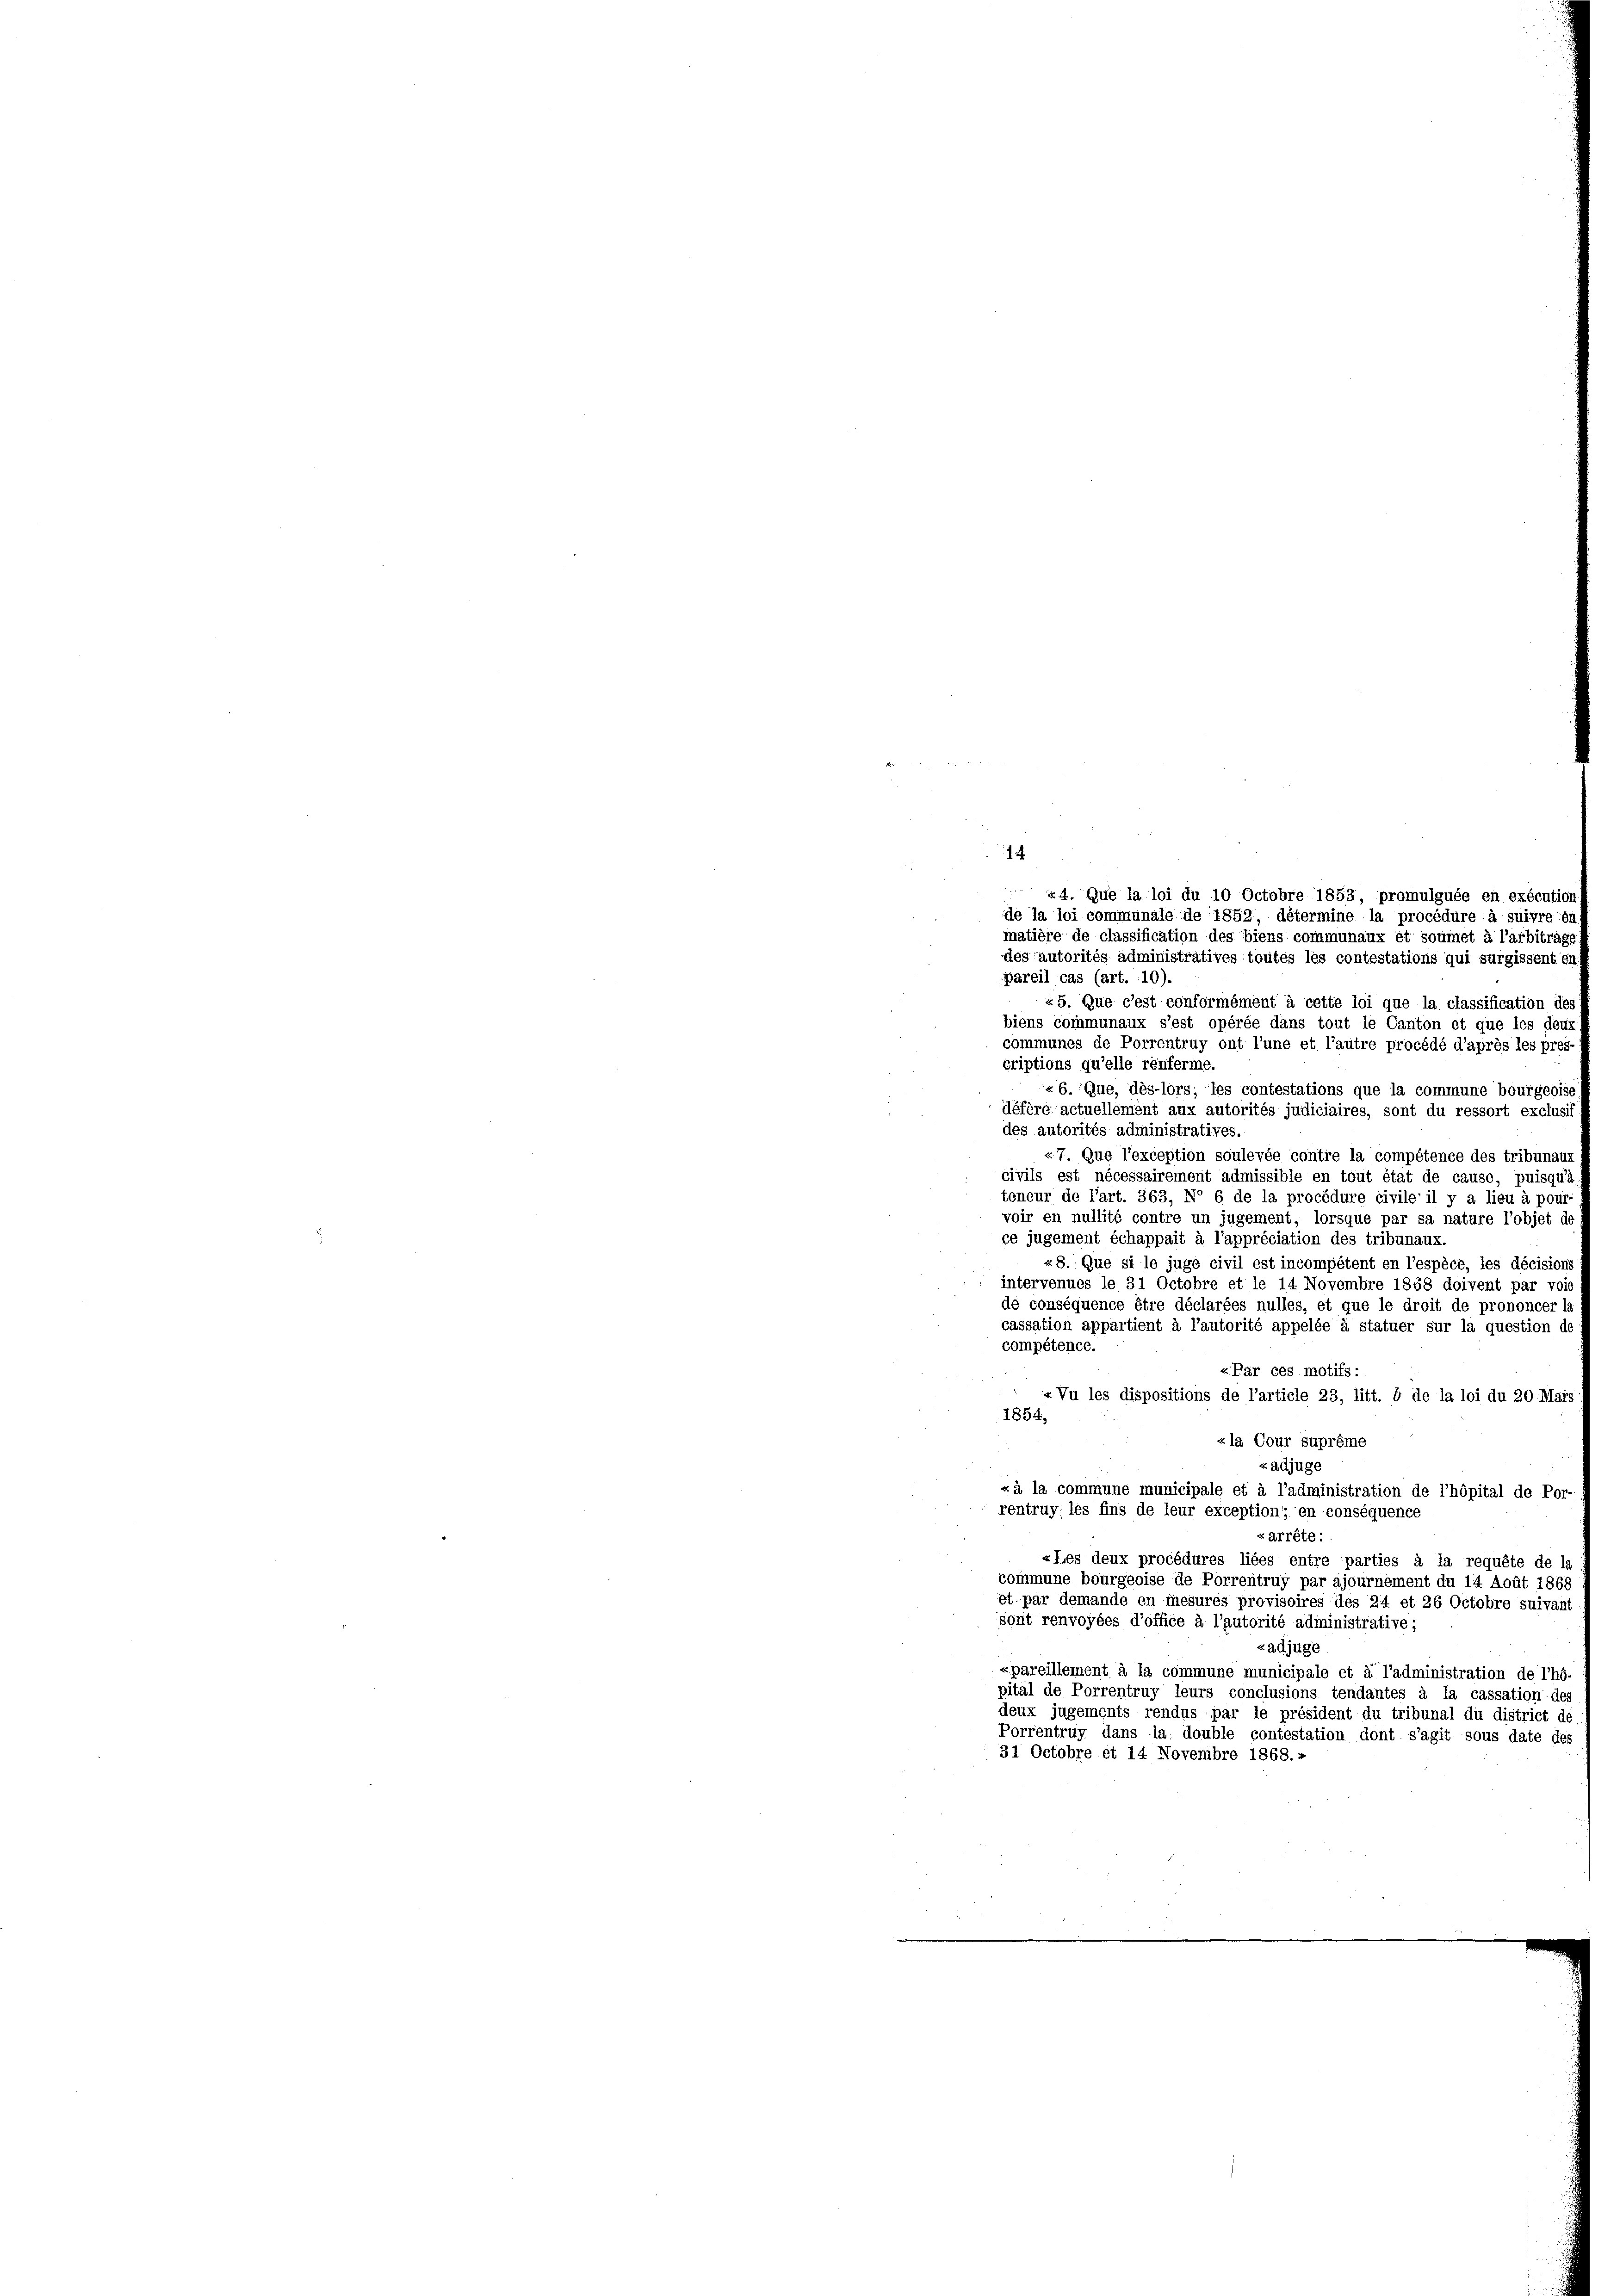
14

24. Que la loi du 10 Octobre 1853, promulguée en exécution
de la loi communale de 1852, détermine la procédure à suivre in
matière de classification des biens communaux et soumet à l’arbitrag
desautorités administratives toutes les contestations qui surgissent en
Bareil cas (art. 10).
«5. Que c’est conformément à cette loi que la classification des
biens communaux s’est opérée dans tout le Canton et que les deux
communes de Porrentruy ont l’une et l’autre procédé d’après les pres-
criptions qu’elle renferie.
«6. Que, dès-lors, les contestations que la commune bourgeoise
défère actuellement aux autorités judiciaires, sont du ressort exclusis
des autorités administratives.
«7. Que l’exception soulevée contre la compétence des tribunau
civils est nécessairement admissible en tout état de cause, puisqu’à
teneur de l’art. 363, No 6. de la procédure civile il y a lieu à pour
voir en nullité contre un jugement, lorsque par sa nature l’objet de
ce jugement échappait à l’appréciation des tribunaux.
«8. Que si le juge civil est incompétent en l’espèce, les décisions
intervenues le 31 Octobre et le 14 Novembre 1858 doivent par voie
de conséquence être déclarées nulles, et que le droit de prononcer l
cassation appartient à l’autorité appelée à statuer sur la question de
compétence.
«Par ces motifs :
.
«Vu les dispositions de l’article 23, litt. b de la loi du 20 Mais
1854,
«la Cour suprême
zadjuge
«à la commune municipale et à l’administration de l’hôpital de Por-
rentruy; les fins de leur exception, en conséquence
«arrête:
«Les deux procédures liées entre parties à la requête de l
commune bourgeoise de Porrentruy par ajournement du 14 Août 1868
st par demande en mesures provisoires des 24 et 26 Octobre suivant
sont renvoyées d’office à l’autorité administrative;
zadjuge
xpareillement à la commune municipale et à l’administration de l’hö-
pital de Porrentruy leurs conclusions tendantes à la cassation des
deux jugements rendus par le président du tribunal du district de
Porrentruy dans la double contestation dont s’agit sous date des
31 Octobre et 14 Novembre 1868.»